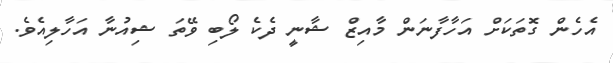
އެހެން ގޮތަކަށް އަހާފާނަން މާއިޒް ޝާނީ ދެކެ ލޯބި ވޭތަ ޝިއުނާ އަހާލިއެވެ.